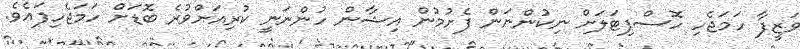
ވަޒީފާ ހަމަޖެހި ހޮސްޕިޓަލަށް ނިކުންނަން ފެށުމުން އިޝާން ހުންނަނީ ކުރިއަށްވުރެ ބޮޑަށް ހަމަޖެހިފައެވެ.